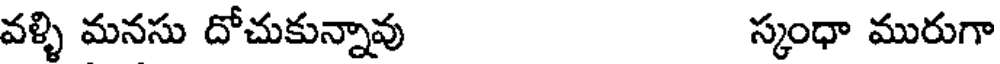
వళ్ళి మనసు దోచుకున్నావు స్కంధా మురుగా